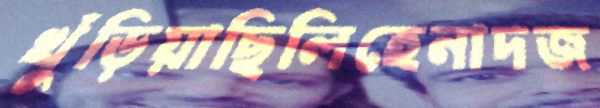
খুঁড়িয়াছিলিহেনাদজ